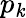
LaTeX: p_{\mathit{k}}